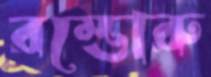
রম্ভোরু